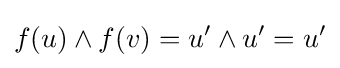
f(u)\wedge f(v)=u^{\prime }\wedge u^{\prime }=u^{\prime }